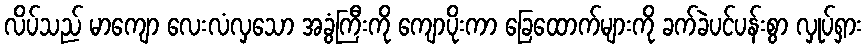
လိပ်သည် မာကျော လေးလံလှသော အခွံကြီးကို ကျောပိုးကာ ခြေထောက်များကို ခက်ခဲပင်ပန်းစွာ လှုပ်ရှား